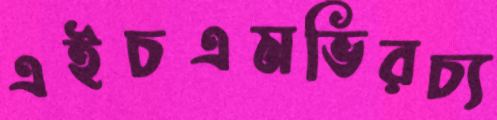
এইচএমভিরচ্য